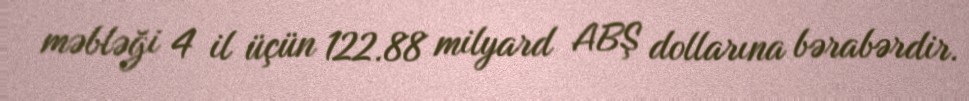
məbləği 4 il üçün 122.88 milyard ABŞ dollarına bərabərdir.